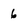
Character: 6